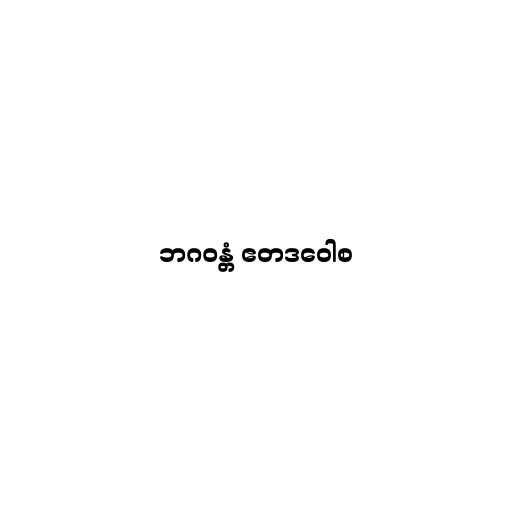
ဘဂဝန္တံ ဧတဒဝေါစ